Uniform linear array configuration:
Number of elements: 8
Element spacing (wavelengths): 1
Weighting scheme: cosine
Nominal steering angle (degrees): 45
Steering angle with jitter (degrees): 46.355
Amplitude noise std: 0.05
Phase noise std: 0.05

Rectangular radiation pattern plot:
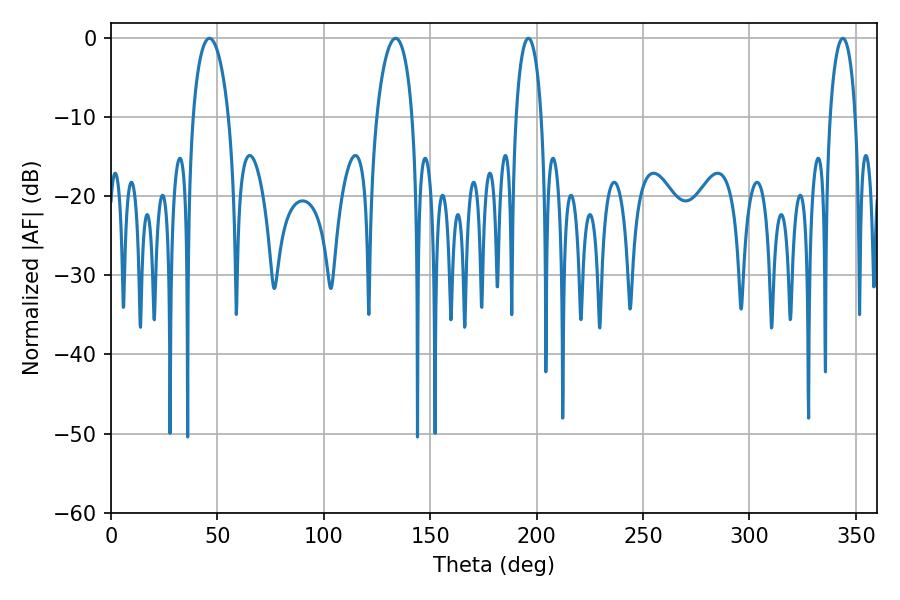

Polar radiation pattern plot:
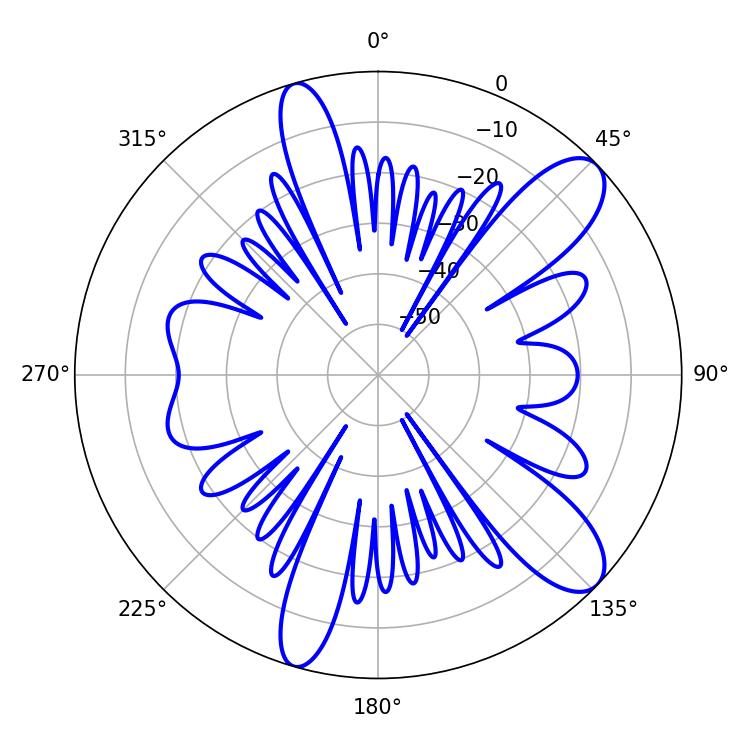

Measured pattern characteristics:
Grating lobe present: TRUE
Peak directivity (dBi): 10.44
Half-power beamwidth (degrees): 9.54
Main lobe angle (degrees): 46.26